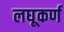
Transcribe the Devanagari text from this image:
लघूकर्ण